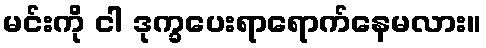
မင်းကို ငါ ဒုက္ခပေးရာရောက်နေမလား။